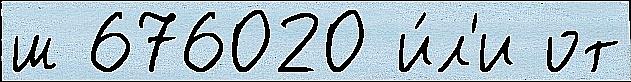
ш 676020 и́л'и от